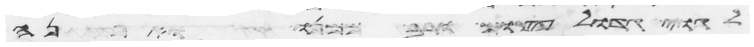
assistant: לגוי עצום ורב ממנו ואפנה